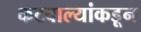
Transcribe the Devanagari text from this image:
कटवाल्यांकडून